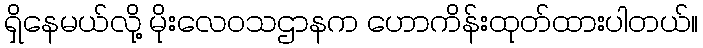
ရှိနေမယ်လို့ မိုးလေဝသဌာနက ဟောကိန်းထုတ်ထားပါတယ်။